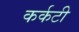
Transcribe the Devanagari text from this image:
कर्कटी